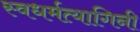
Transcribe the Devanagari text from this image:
स्वधर्मत्यागिनी